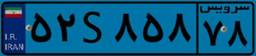
۵۲S۸۵۸۷۸